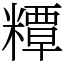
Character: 䊤